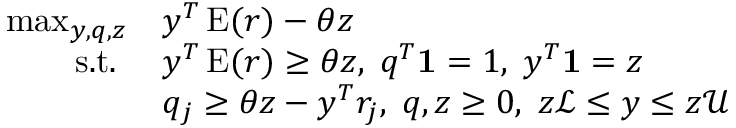
{ \begin{array} { r l } { \operatorname* { m a x } _ { y , q , z } } & { y ^ { T } \operatorname { E } ( r ) - \theta z } \\ { { \mathrm { s . t . ~ } } } & { y ^ { T } \operatorname { E } ( r ) \geq \theta z , \; q ^ { T } { \bf { 1 } } = 1 , \; y ^ { T } { \bf { 1 } } = z } \\ & { q _ { j } \geq \theta z - y ^ { T } r _ { j } , \; q , z \geq 0 , \; z { \mathcal { L } } \leq y \leq z { \mathcal { U } } } \end{array} }